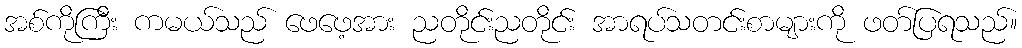
အစ်ကိုကြီး ကမယ်သည် ဖေဖေ့အား ညတိုင်းညတိုင်း အာရပ်သတင်းစာများကို ဖတ်ပြရသည်။